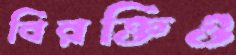
বিরক্তিও